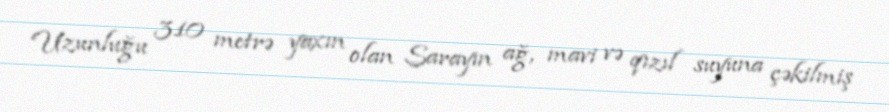
Uzunluğu 310 metrə yaxın olan Sarayın ağ, mavi və qızıl suyuna çəkilmiş